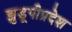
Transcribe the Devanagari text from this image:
झुडूपीप्रदेश